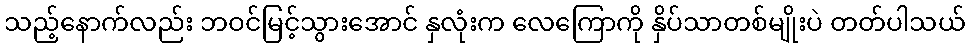
သည့်နောက်လည်း ဘဝင်မြင့်သွားအောင် နှလုံးက လေကြောကို နှိပ်သာတစ်မျိုးပဲ တတ်ပါသယ်